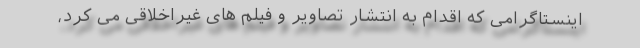
اینستاگرامی که اقدام به انتشار تصاویر و فیلم های غیراخلاقی می کرد،